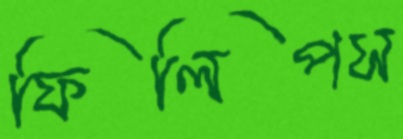
ফিলিপস